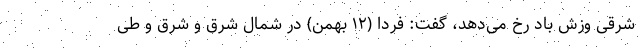
شرقی وزش باد رخ می‌دهد، گفت: فردا (۱۲ بهمن) در شمال شرق و شرق و طی